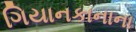
ગિયાનકાનાના